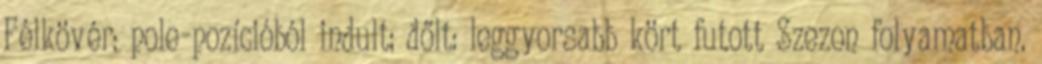
Félkövér: pole-pozícióból indult; dőlt: leggyorsabb kört futott Szezon folyamatban.